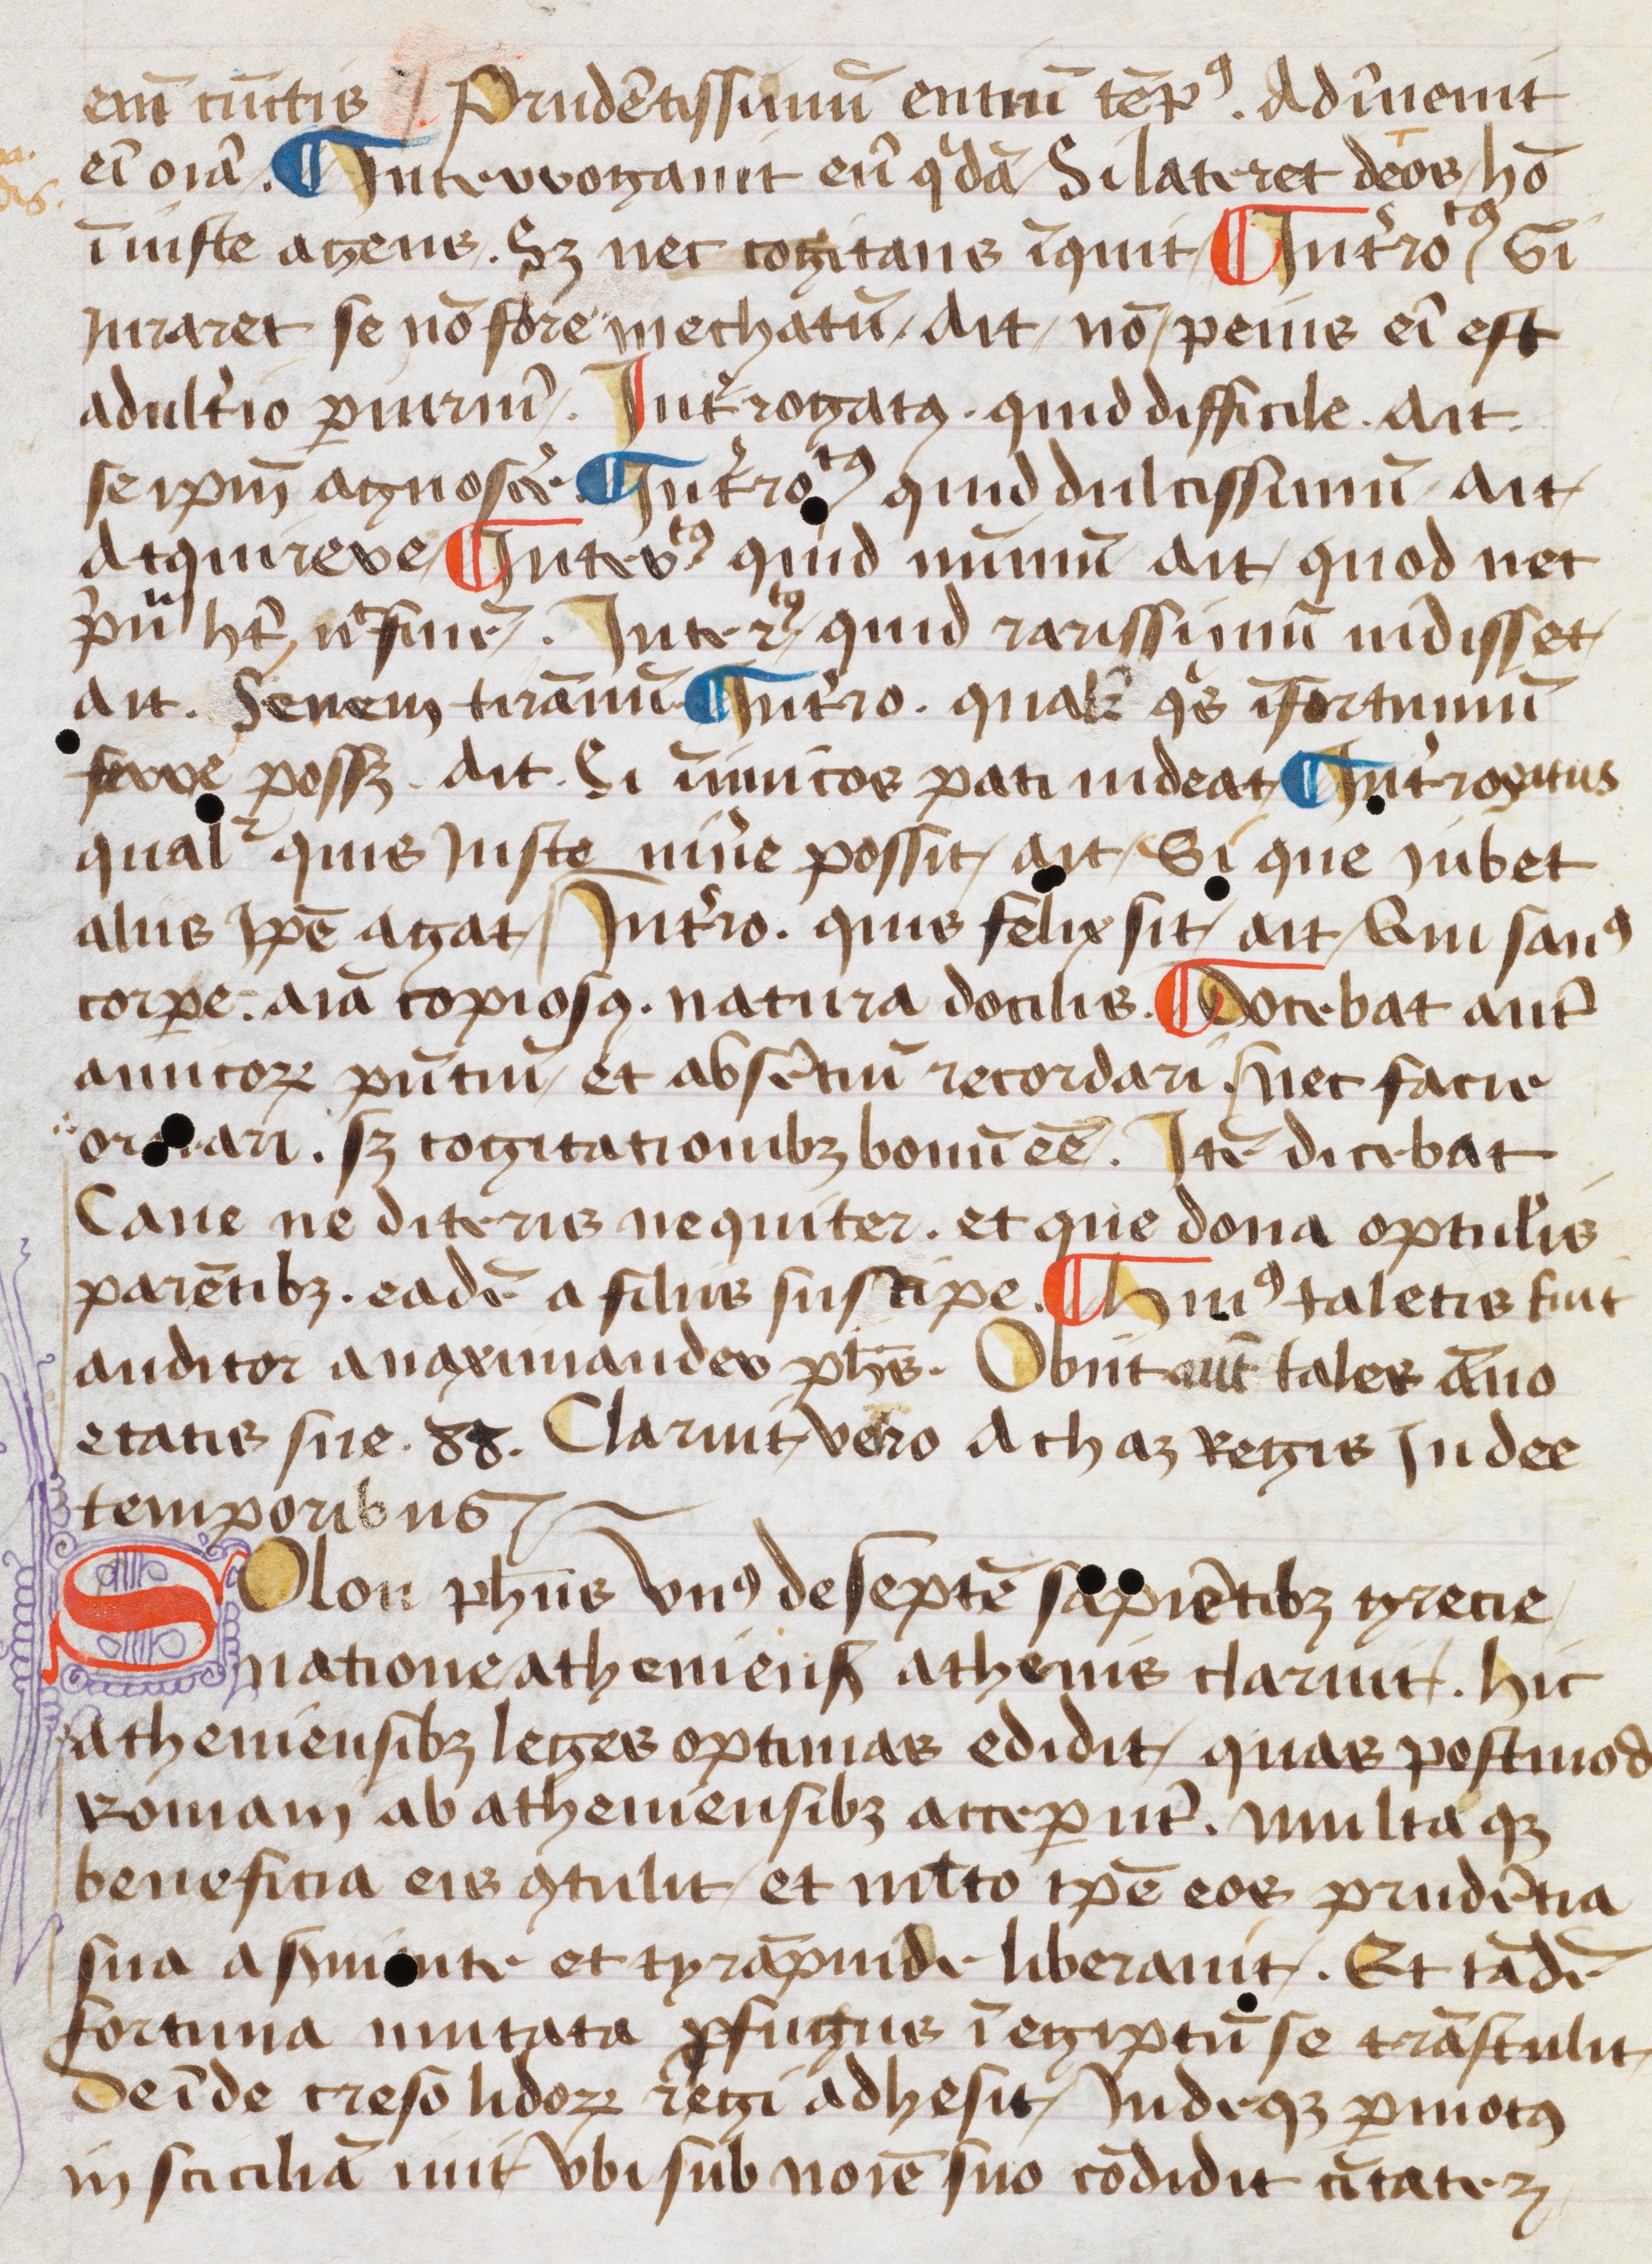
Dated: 1452–1452